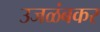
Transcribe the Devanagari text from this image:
उजळंबकर